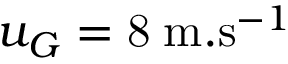
u _ { G } = \mathrm { 8 } \; \mathrm { m } . \mathrm { s } ^ { - 1 }